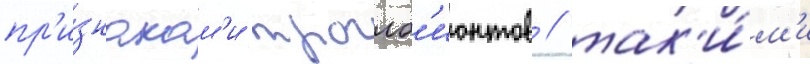
пр'и́знакам'и троглоб'ионтов / так'и́м'и